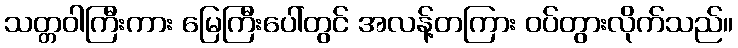
သတ္တဝါကြီးကား မြေကြီးပေါ်တွင် အလန့်တကြား ဝပ်တွားလိုက်သည်။